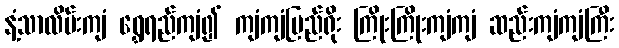
နံ့သာလိမ်းကျံ ရွှေရည်ကျံ၍ ကျံကျံမြည်ရိုး ကြိုးကြိုးကျံကျံ ဆည်းကျံကျံကြီး